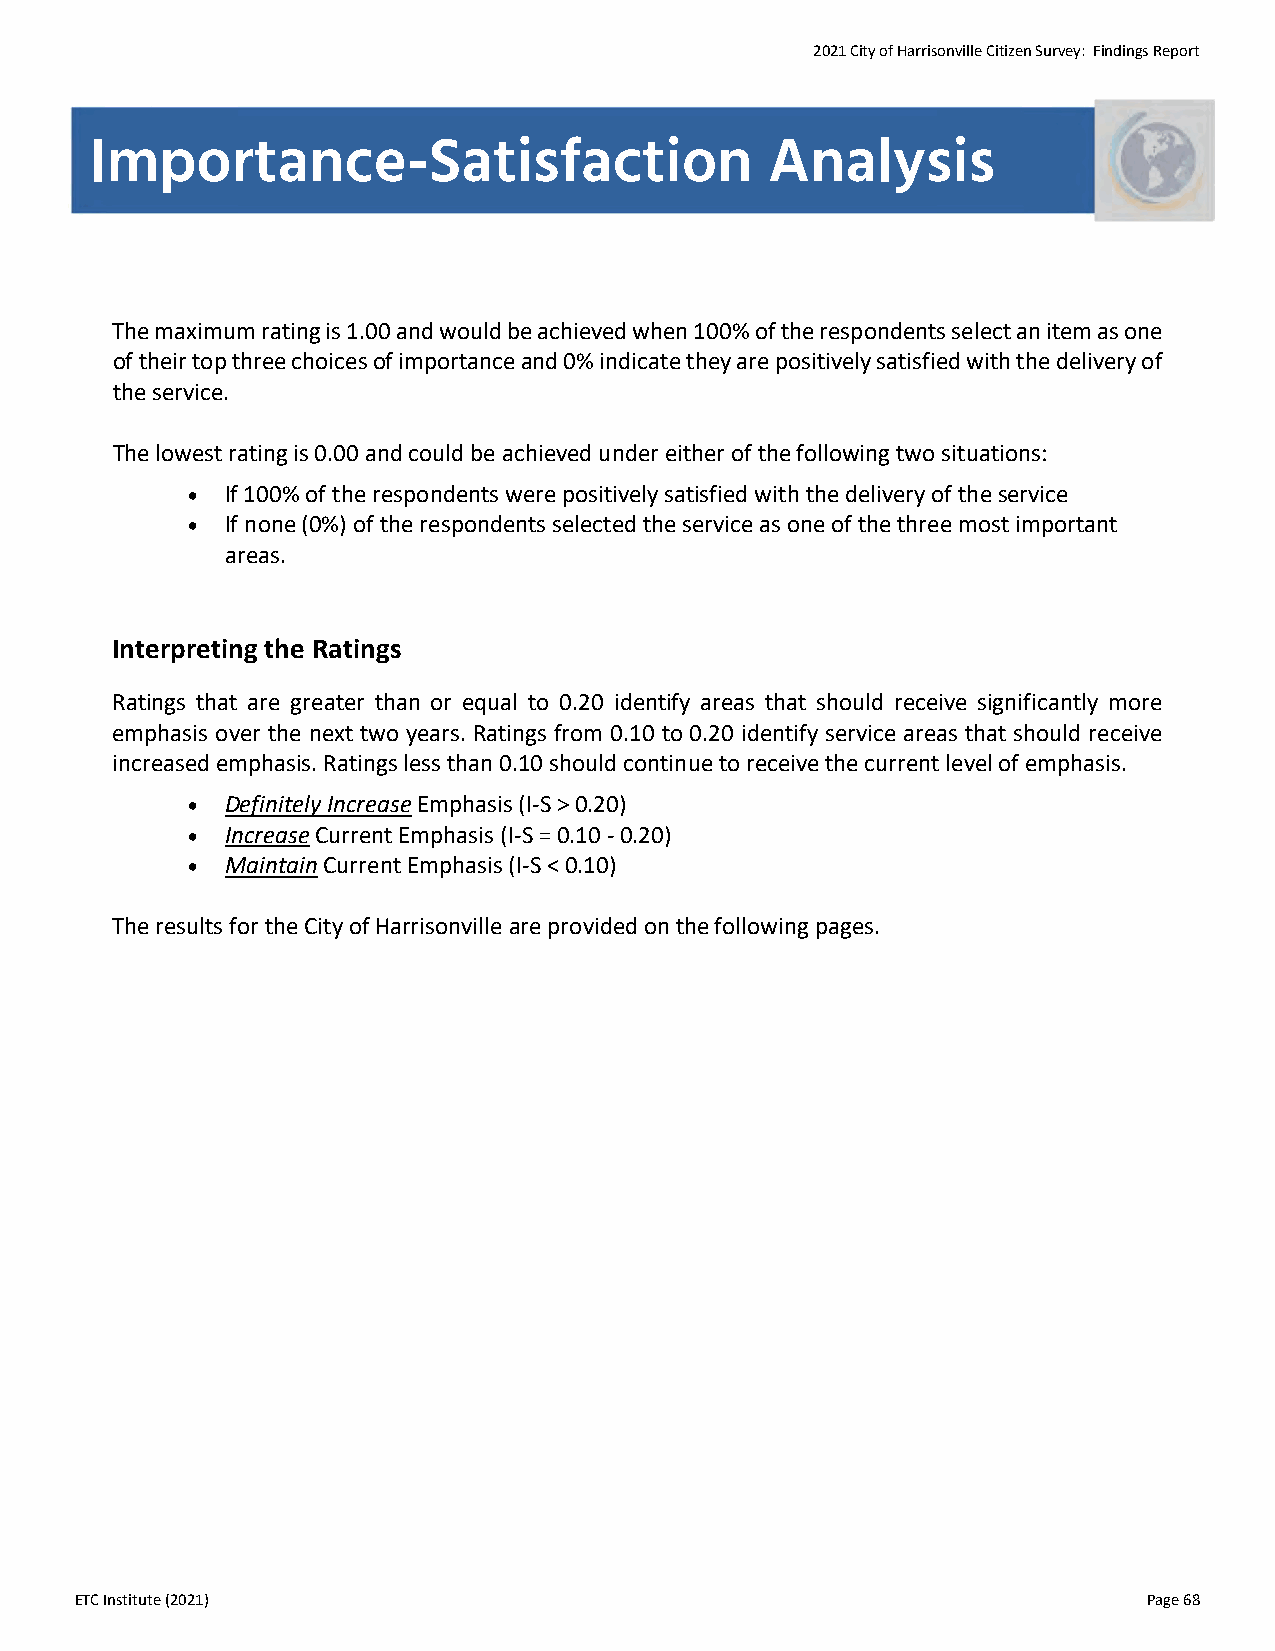
2021 City of Harrisonville Citizen Survey: Findings Report
 Importance-Satisfaction                      Analysis
 The maximum rating is 1.00 and would be achieved when 100% of the respondents select an item as one
 of their top three choices of importance and 0% indicate they are positively satisfied with the delivery of
 the service.
 The lowest rating is 0.00 and could be achieved under either of the following two situations:
 •  If 100% of the respondents were positively satisfied with the delivery of the service
 •  If none (0%) of the respondents selected the service as one of the three most important
 areas.
 Interpreting the Ratings
 Ratings that are greater than or equal to 0.20 identify areas that should receive significantly more
 emphasis over the next two years. Ratings from 0.10 to 0.20 identify service areas that should receive
 increased emphasis. Ratings less than 0.10 should continue to receive the current level of emphasis.
 •  Definitely Increase Emphasis (I‐S > 0.20)
 •  Increase Current Emphasis (I‐S = 0.10 ‐ 0.20)
 •  Maintain Current Emphasis (I‐S < 0.10)
 The results for the City of Harrisonville are provided on the following pages.
 ETC Institute (2021)                                                   Page 68